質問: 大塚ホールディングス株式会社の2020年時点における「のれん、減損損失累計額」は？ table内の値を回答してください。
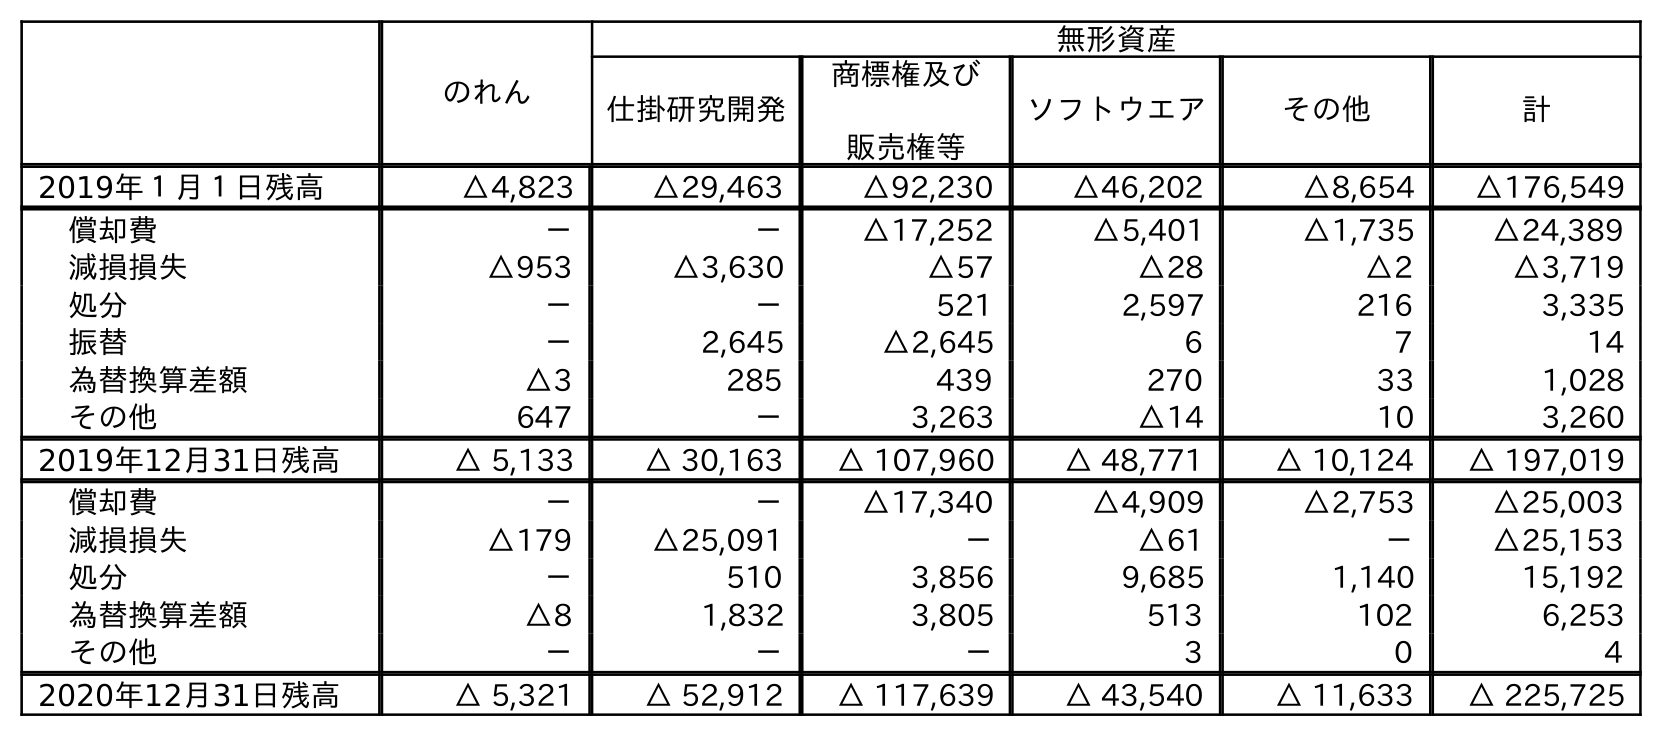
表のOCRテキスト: のれん 無形資産 仕掛研究開発 商標権及び 販売権等 ソフトウエア その他 計 2019年１月１日残高 △4,823 △29,463 △92,230 △46,202 △8,654 △176,549 償却費 － － △17,252 △5,401 △1,735 △24,389 減損損失 △953 △3,630 △57 △28 △2 △3,719 処分 － － 521 2,597 216 3,335 振替 － 2,645 △2,645 6 7 14 為替換算差額 △3 285 439 270 33 1,028 その他 647 － 3,263 △14 10 3,260 2019年12月31日残高 △ 5,133 △ 30,163 △ 107,960 △ 48,771 △ 10,124 △ 197,019 償却費 － － △17,340 △4,909 △2,753 △25,003 減損損失 △179 △25,091 － △61 － △25,153 処分 － 510 3,856 9,685 1,140 15,192 為替換算差額 △8 1,832 3,805 513 102 6,253 その他 － － － 3 0 4 2020年12月31日残高 △ 5,321 △ 52,912 △ 117,639 △ 43,540 △ 11,633 △ 225,725
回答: △5,321